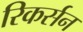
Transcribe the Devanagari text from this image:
रिकर्सन